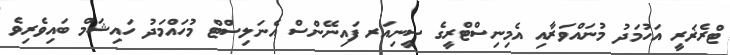
ޓްރެޜަރީ އަހުމަދު މުނައްވަރާއި އެމިނިސްޓްރީގެ ސީނިއަރ ފައިނޭންސް އެނަލިސްޓް މުހައްމަދު ހައިޝަމް ބައިވެރިވެ